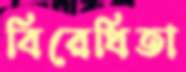
বিরেধিতা